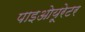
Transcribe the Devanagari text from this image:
पाइओयूरेटर